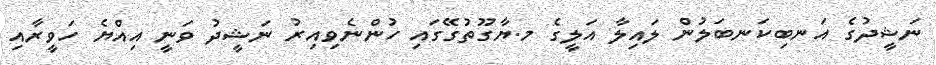
ނަޝީދުގެ އަނބިކަނބަލުން ލައިލާ އަލީގެ މ.ޔާގޫތުގޭގައި ހުންނެވިއިރު ނަޝީދު ވަނީ އިއްޔެ ހަވީރާއި